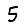
Digit: 5